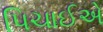
પિચાઈએ